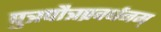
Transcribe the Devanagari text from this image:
पुत्रपौत्रप्रवर्धनम्